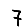
Digit: 7